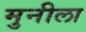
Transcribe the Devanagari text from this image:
मुनीला